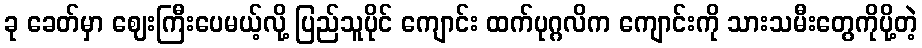
ခု ခေတ်မှာ ဈေးကြီးပေမယ့်လို့ ပြည်သူပိုင် ကျောင်း ထက်ပုဂ္ဂလိက ကျောင်းကို သားသမီးတွေကိုပို့တဲ့